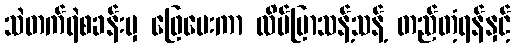
သဲတက်ရဲစခန်းမှ ဖြေပေးကာ လိပ်ပြာသန့်သန့် တည်တံ့ရန်နှင့်